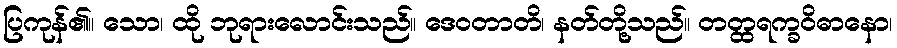
ပြကုန်၏။ သော၊ ထို ဘုရားလောင်းသည်။ ဒေဝတာတိ၊ နတ်တို့သည်။ တတ္ထရက္ခဝိဓာနော၊